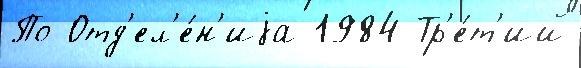
По Отд'ел'е́н'иjа 1984 Тр'е́т'ий